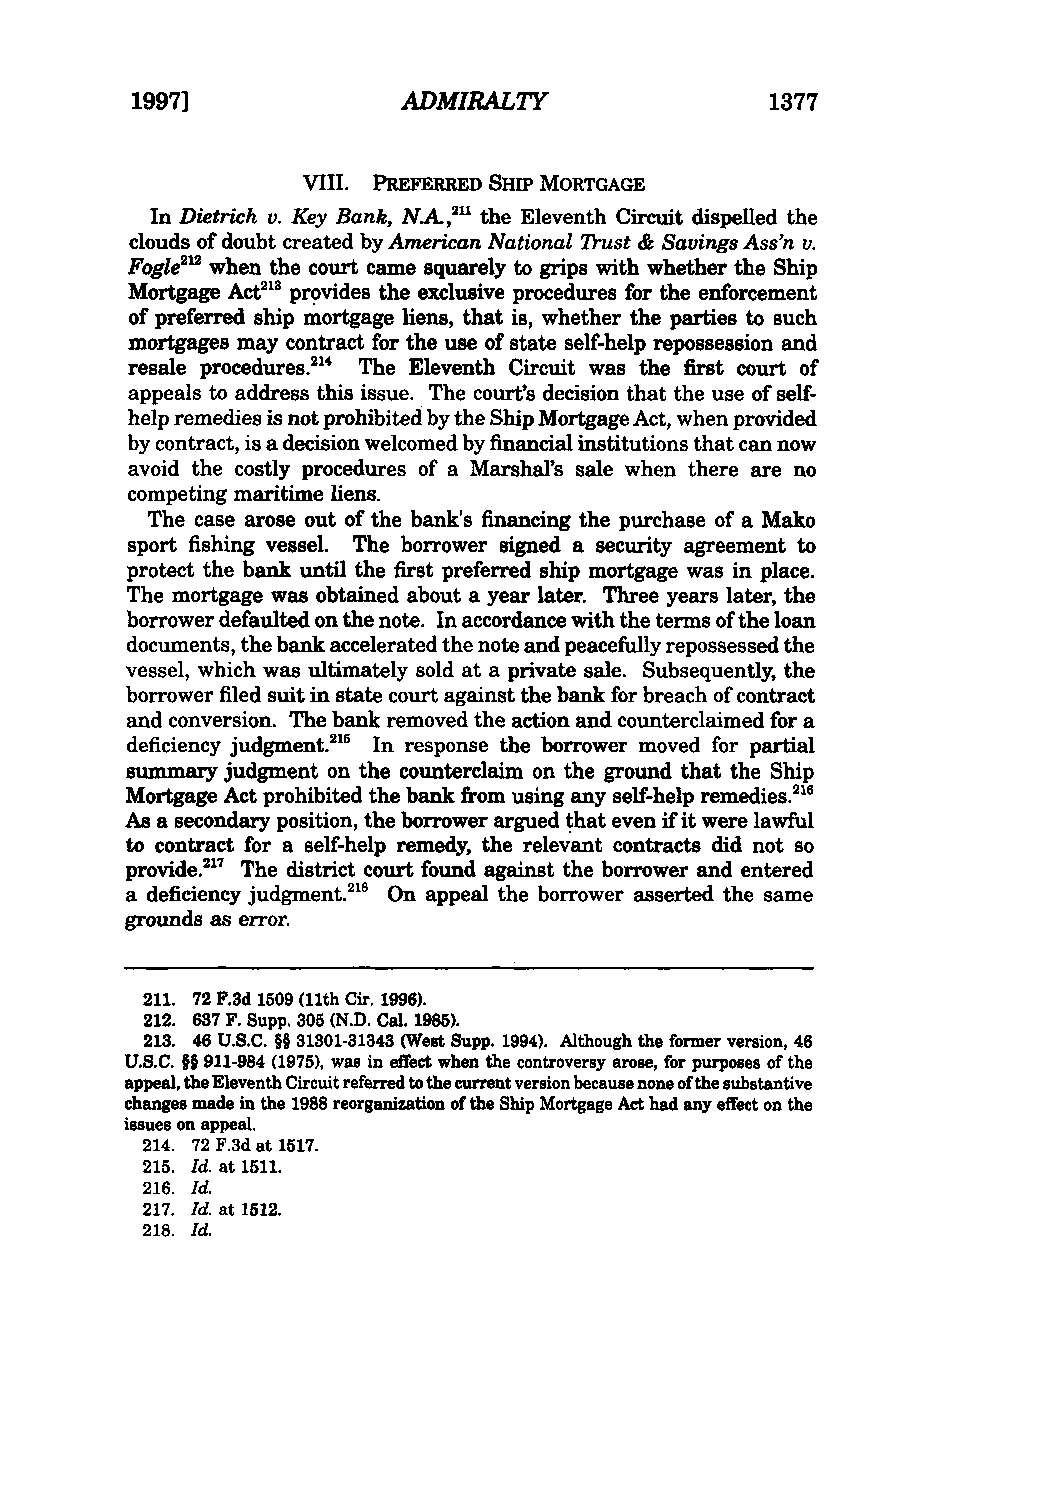
1997]             ADMIRALTY               1377
 VIII. PREFERRED SHIP MORTGAGE
 In Dietrich v. Key Bank, NA.,21' the Eleventh Circuit dispelled the
 clouds of doubt created by American National Trust & Savings Ass'n v.
 Fogle"l when the court came squarely to grips with whether the Ship
 Mortgage Act21 provides the exclusive procedures for the enforcement
 of preferred ship mortgage hens, that is, whether the parties to such
 mortgages may contract for the use of state self-help repossession and
 resale procedures.21 The Eleventh Circuit was the first court of
 appeals to address this issue. The court's decision that the use of self-
 help remedies is not prohibited by the Ship Mortgage Act, when provided
 by contract, is a decision welcomed by financial institutions that can now
 avoid the costly procedures of a Marshal's sale when there are no
 competing maritime liens.
 The case arose out of the bank's financing the purchase of a Mako
 sport fishing vessel. The borrower signed a security agreement to
 protect the bank until the first preferred ship mortgage was in place.
 The mortgage was obtained about a year later. Three years later, the
 borrower defaulted on the note. In accordance with the terms of the loan
 documents, the bank accelerated the note and peacefully repossessed the
 vessel, which was ultimately sold at a private sale. Subsequently, the
 borrower filed suit in state court against the bank for breach of contract
 and conversion. The bank removed the action and counterclaimed for a
 deficiency judgment.21 In response the borrower moved for partial
 summary judgment on the counterclaim on the ground that the Ship
 Mortgage Act prohibited the bank from using any self-help remedies.16
 As a secondary position, the borrower argued that even if it were lawful
 to contract for a self-help remedy, the relevant contracts did not so
 provide.217 The district court found against the borrower and entered
 a deficiency judgment.18 On appeal the borrower asserted the same
 grounds as error.
 211. 72 F.3d 1509 (11th Cir. 1996).
 212. 637 F. Supp. 305 (N.D. Cal. 1985).
 213. 46 U.S.C. §§ 31301-31343 (West Supp. 1994). Although the former version, 46
 U.S.C. §§ 911-984 (1975), was in effect when the controversy arose, for purposes of the
 appeal, the Eleventh Circuit referred to the current version because none of the substantive
 changes made in the 1988 reorganization of the Ship Mortgage Act had any effect on the
 issues on appeal.
 214. 72 F.3d at 1517.
 215. Id. at 1511.
 216. Id.
 217. Id. at 1512.
 218. Id.